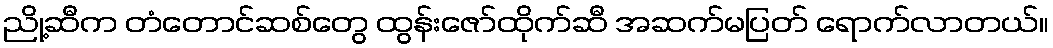
ညို့ဆီက တံတောင်ဆစ်တွေ ထွန်းဇော်ထိုက်ဆီ အဆက်မပြတ် ရောက်လာတယ်။